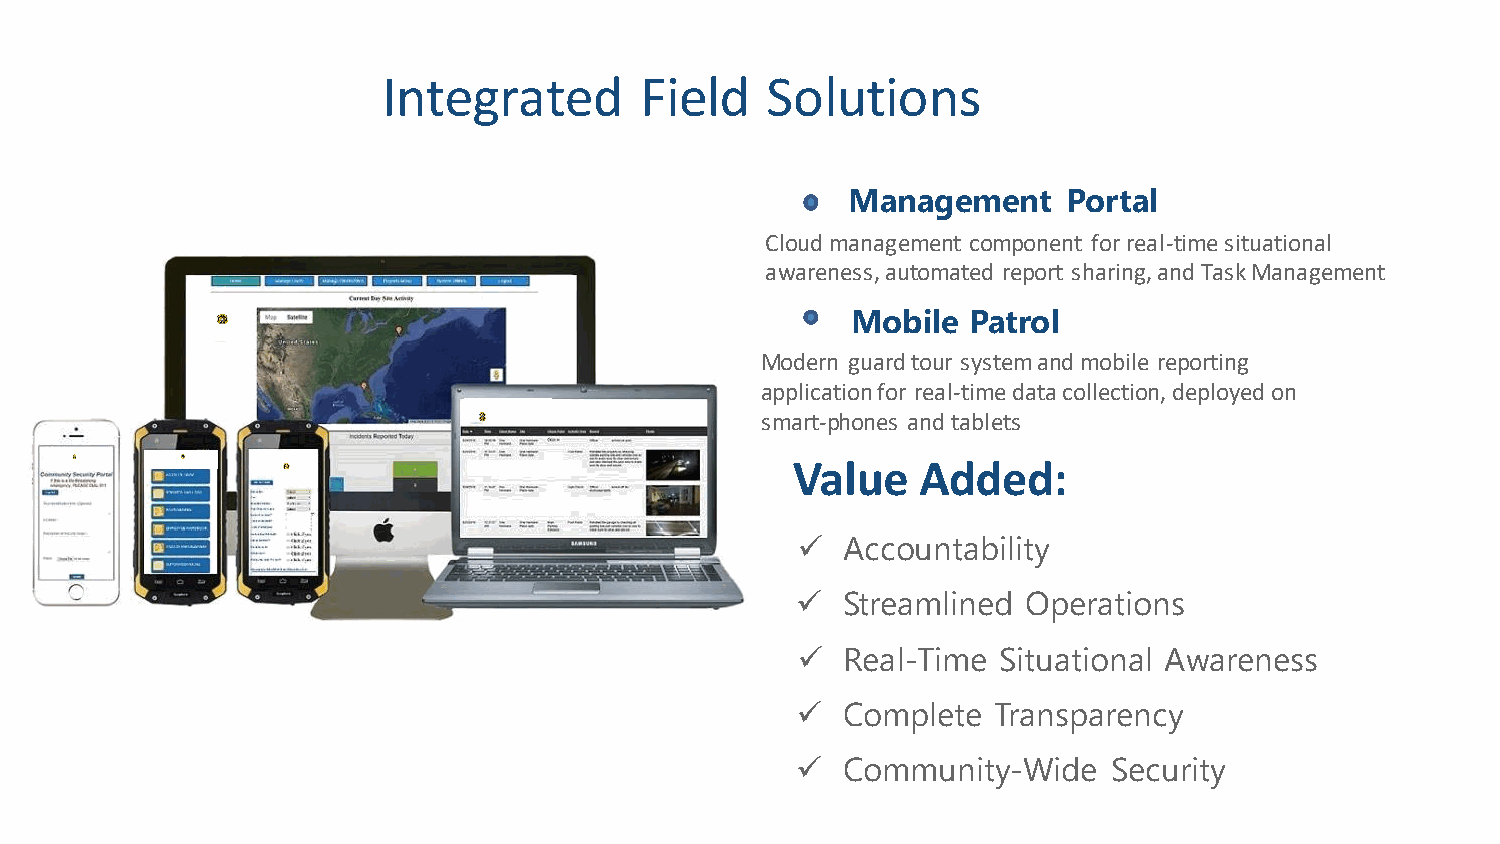
Integrated       Field    Solutions
 Management     Portal
 Cloud management component for real-time situational
 awareness, automated report sharing, and Task Management
 Mobile  Patrol
 Modern guard tour system and mobile reporting
 application for real-time data collection, deployed on
 smart-phones and tablets
 Value    Added:
 ✓  Accountability
 ✓  Streamlined Operations
 ✓  Real-Time Situational Awareness
 ✓  Complete  Transparency
 ✓  Community-Wide    Security